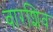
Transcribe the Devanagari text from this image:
बारशिव